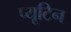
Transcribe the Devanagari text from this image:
प्यूटिन